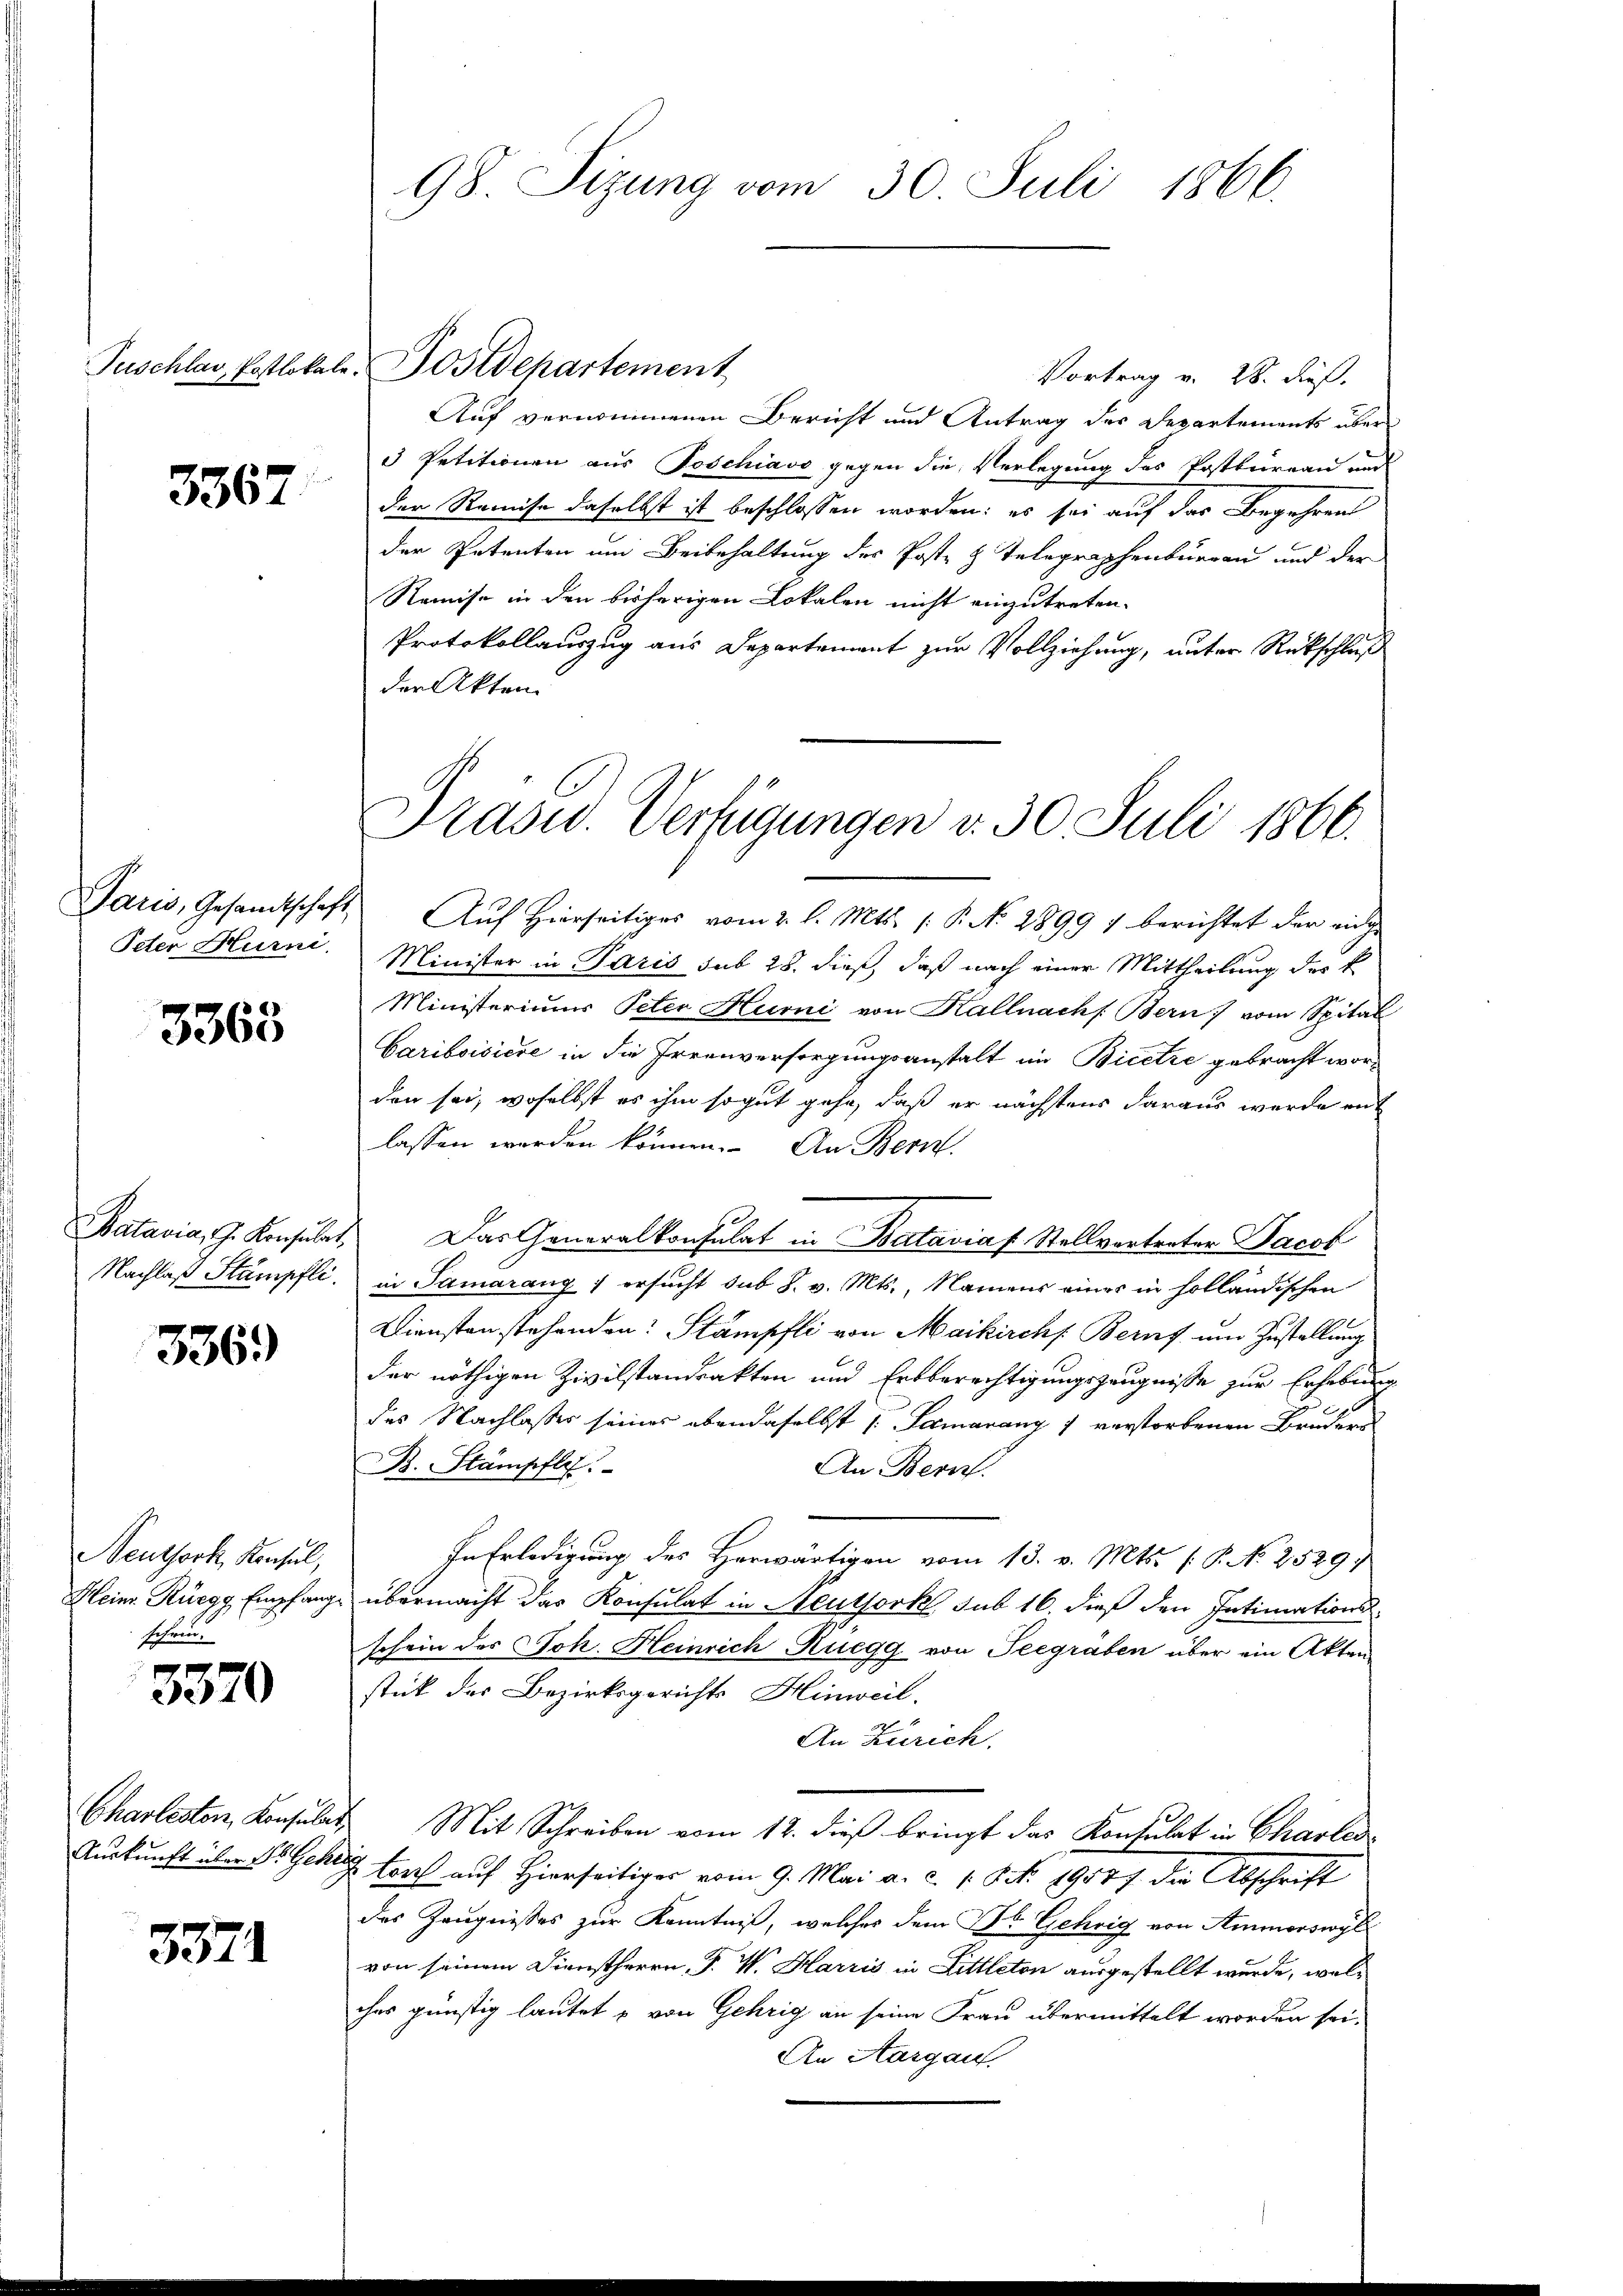
3367.

Peter Hurni

3363

Nachlaß Stumpfli

336)

Neuthork, Konsul,
Heinr. Rüegg, Empfange
schrin-

3370

Charleston, Konsula
Auskunft über St. Gebr

3371

98. Sitzung vom 30. Juli 1866.

Vortrag v. 28. dieß.
Auf vernommenen Bericht und Antrag des Departements über
3 Petitionen aus Poschiavo gegen die Verlegung des Postbureau und
der Remise daselbst ist beschlossen worden: es sei auf das Begehren
der Petenten um Beibehaltung des Poste & Telegraphenburgau und der
Remise in den bisherigen Lokalen nicht einzutreten.
Protokollauszug aus Departement zur Vollziehung, unter Rückschluß
der Akten.
Paris, Gesamtschaft. Aŭf Hierseitiges vom 2. l. Mts. (: P. No. 1899) berichtet der einge
Minister in Paris sub 28. dieß, daß nach einer Mittheilung das k
Ministeriums Peter Hurni von Kallnachs Bern) vom Spital
Cariboisiere in die Irrenversorgungsanstalt im Bicetze gebracht worden sei, woselbst es ihm so gut gehe, daß er nächstens daraus wurde mit
lassen werden können. An Bern
Batavia, J. Konsult. Das Generalkonsulat in Bataviaf Stellvertreter Jacob
in Samarang ersucht sub 8. v. Mts., Namens einer in holländischen
Diensten stehenden Stämpfli von Maikirchs Beruf um Zustellung
der nöthigen Zivilstandsakten und Erbberechtigungszeugnisse zur Erhebung
des Nachlasses seines ebendaselbst [Samarang 1 verstorbenen Brudern
B. Stämpfli
An Bern.
In Erledigung des Herwärtigen vom 13. v. Mts. (T. No 2529.
übermacht das Konsulat in Neuthork sub 16. dieß den Intimations-
schein des Joh. Heinrich Ruegg von Teegräben über ein Akten
stick des Bezirksgerichts Hinweil.
An Zürich,
 Mit Schreiben vom 12. dieß bringt das Konsulat in Charten
& Lorch auf Hierseitiger vom 9. Mai a. c. 1 S. 19187 die Abschrift
des Zeugnisses zur Kenntniß, welches dem St. Gehrig von Ammorswyl
von seinem Dienstherrn P. W. Harris in Littleton ausgestellt wurde, welches günstig lautet u von Gehrig an seine Frau übermittelt worden sei.
An Aargau.

Puschlas, Postlokale. Postdepartement

Präsid. Verfügungen v. 30. Juli 1866.